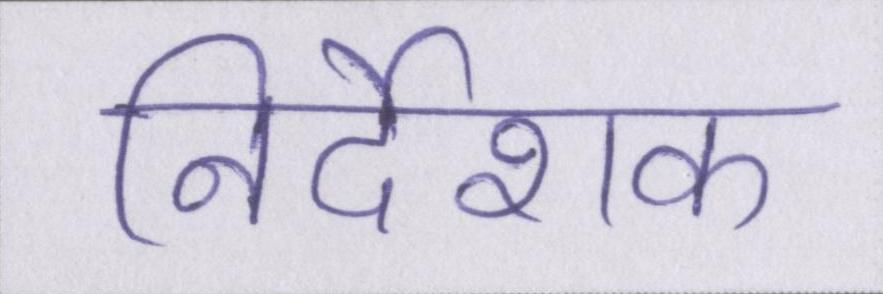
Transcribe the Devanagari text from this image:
निर्देशक